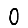
Digit: 0